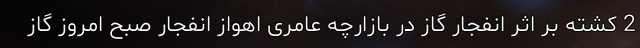
2 کشته بر اثر انفجار گاز در بازارچه عامری اهواز انفجار صبح امروز گاز